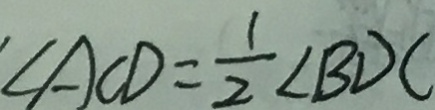
\angle A C D = \frac { 1 } { 2 } \angle B D C